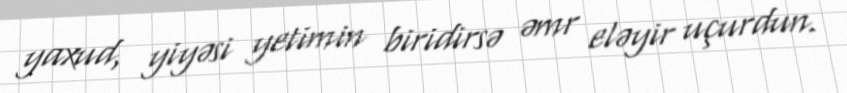
yaxud, yiyəsi yetimin biridirsə əmr eləyir uçurdun.